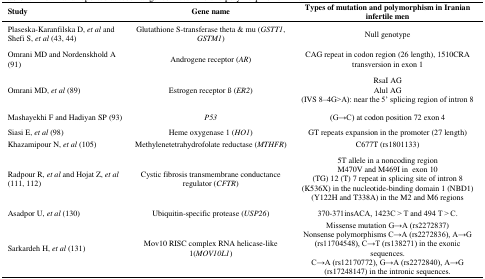
<table><thead><tr><td><b>Study</b></td><td><b>Gene name</b></td><td><b>Types of mutation and polymorphism in Iranian infertile men</b></td></tr></thead><tbody><tr><td>Plaseska-Karanfilska D, <i>et al</i> and Shefi S, <i>et al</i> (43, 44)</td><td>Glutathione S-transferase theta &amp; mu (<i>GSTT1</i>, <i>GSTM1</i>)</td><td>Null genotype</td></tr><tr><td>Omrani MD and Nordenskhold A (91)</td><td>Androgene receptor (<i>AR</i>)</td><td>CAG repeat in codon region (26 length), 1510CRA transversion in exon 1</td></tr><tr><td>Omrani MD, <i>et al</i> (89)</td><td>Estrogen receptor ß (<i>ER2</i>)</td><td>RsaI AGAlul AG(IVS 8–4G&gt;A): near the 5’ splicing region of intron 8</td></tr><tr><td>Mashayekhi F and Hadiyan SP (93)</td><td><i>P53</i></td><td>(G→C) at codon position 72 exon 4</td></tr><tr><td>Siasi E, <i>et al</i> (98)</td><td>Heme oxygenase 1 (<i>HO1</i>)</td><td>GT repeats expansion in the promoter (27 length)</td></tr><tr><td>Khazamipour N, <i>et al</i> (105)</td><td>Methylenetetrahydrofolate reductase (<i>MTHFR</i>)</td><td>C677T (rs1801133)</td></tr><tr><td>Radpour R, <i>et al</i> and Hojat Z, <i>et al</i> (111, 112)</td><td>Cystic fibrosis transmembrane conductance regulator (<i>CFTR</i>)</td><td>5T allele in a noncoding regionM470V and M469I in exon 10(TG) 12 (T) 7 repeat in splicing site of intron 8(K536X) in the nucleotide-binding domain 1 (NBD1)(Y122H and T338A) in the M2 and M6 regions</td></tr><tr><td>Asadpor U, <i>et al</i> (130)</td><td>Ubiquitin-specific protease (<i>USP26</i>)</td><td>370-371insACA, 1423C &gt; T and 494 T &gt; C.</td></tr><tr><td>Sarkardeh H, <i>et al</i> (131)</td><td>Mov10 RISC complex RNA helicase-like 1(<i>MOV10L1</i>)</td><td>Missense mutation G→A (rs2272837)Nonsense polymorphisms C→A (rs2272836), A→G (rs11704548), C→T (rs138271) in the exonic sequences.C→A (rs12170772), G→A (rs2272840), A→G (rs17248147) in the intronic sequences.</td></tr></tbody></table>